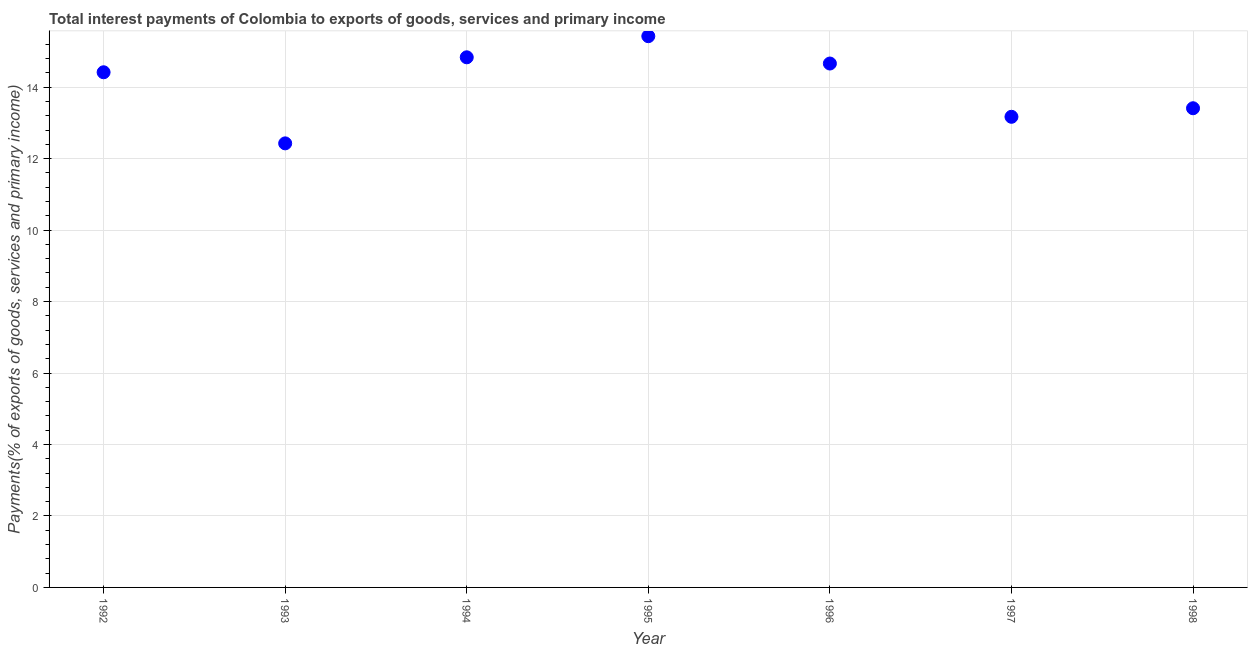
| Year | Interest payments on external debt |
 | --- | --- |
 | 1992 | 14.4 |
 | 1993 | 12.4 |
 | 1994 | 14.8 |
 | 1995 | 15.4 |
 | 1996 | 14.7 |
 | 1997 | 13.2 |
 | 1998 | 13.4 |